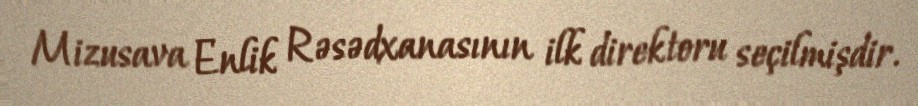
Mizusava Enlik Rəsədxanasının ilk direktoru seçilmişdir.